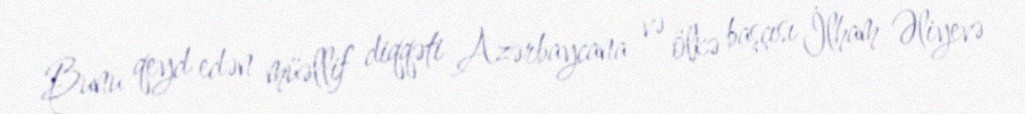
Bunu qeyd edən müəllif diqqəti Azərbaycana və ölkə başçısı İlham Əliyevə